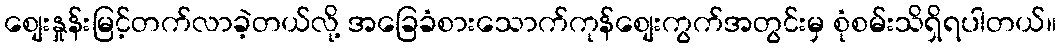
စျေးနှုန်းမြင့်တက်လာခဲ့တယ်လို့ အခြေခံစားသောက်ကုန်စျေးကွက်အတွင်းမှ စုံစမ်းသိရှိရပါတယ်။